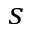
s